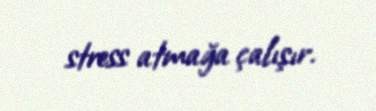
stress atmağa çalışır.